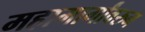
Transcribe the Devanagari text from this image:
महामार्गांवरुन